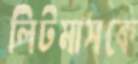
লিটমাসকে